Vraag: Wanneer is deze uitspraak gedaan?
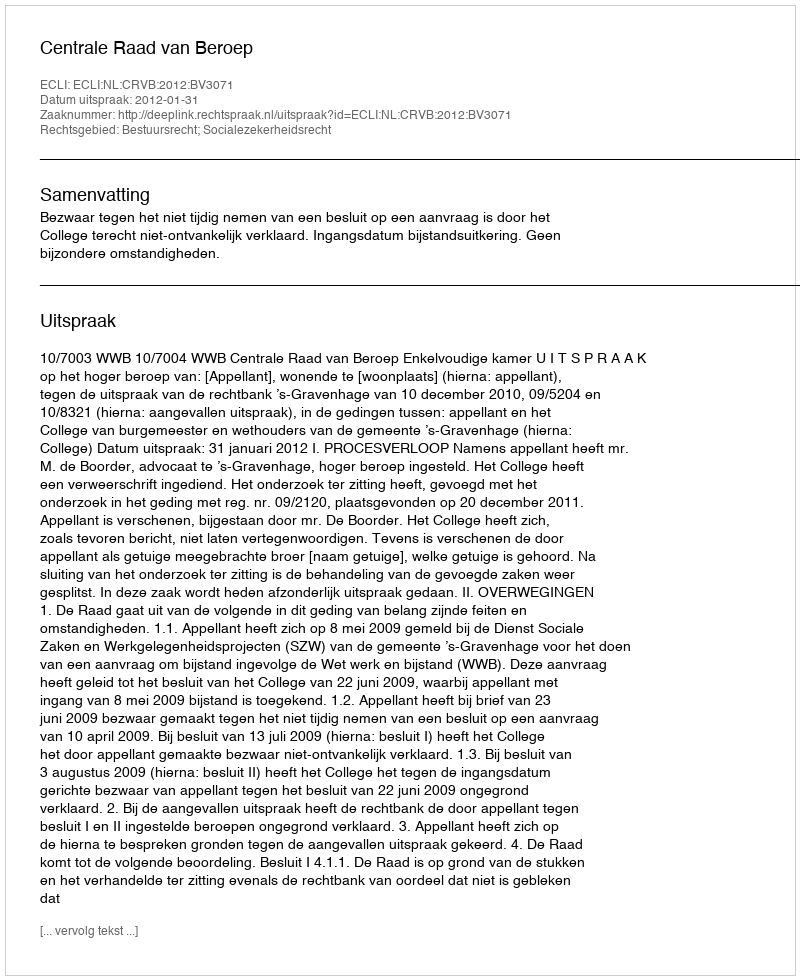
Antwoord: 2012-01-31